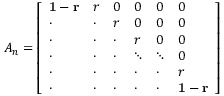
A _ { n } = \left[ \begin{array} { l l l l l l } { \mathbf { 1 - r } } & { r } & { 0 } & { 0 } & { 0 } & { 0 } \\ { \cdot } & { \mathbf { \cdot } } & { r } & { 0 } & { 0 } & { 0 } \\ { \cdot } & { \cdot } & { \cdot } & { r } & { 0 } & { 0 } \\ { \cdot } & { \cdot } & { \cdot } & { \ddots } & { \ddots } & { 0 } \\ { \cdot } & { \cdot } & { \cdot } & { \cdot } & { \mathbf { \cdot } } & { r } \\ { \cdot } & { \cdot } & { \cdot } & { \cdot } & { \cdot } & { \mathbf { 1 - r } } \end{array} \right]